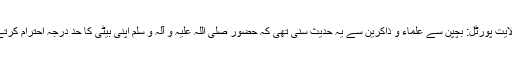
ولایت پورٹل: بچپن سے علماء و ذاکرین سے یہ حدیث سنی تھی کہ حضور صلی اللہ علیہ و آلہ و سلم اپنی بیٹی کا حد درجہ احترام کرتے۔